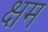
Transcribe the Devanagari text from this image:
क्षम